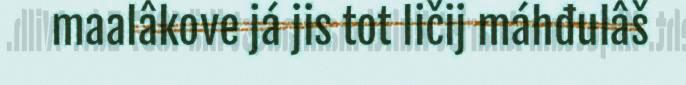
maalâkove já jis tot ličij máhđulâš